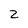
Character: 2